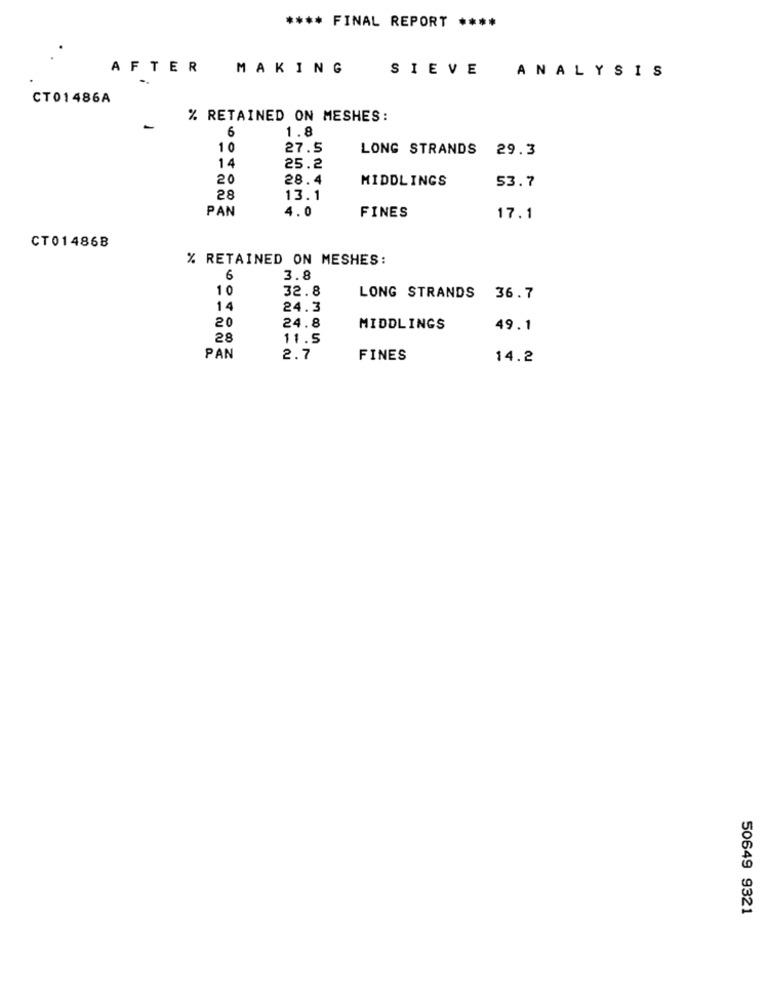
**** FINAL REPORT ****
AFTER
MAKING
SIEVE
ANALYSIS
CT01486A
% RETAINED ON MESHES:
-
6
1.8
10
27.5
LONG STRANDS 29.3
14
25.2
20
28.4
MIDDLINGS
53.7
28
13.1
PAN
4.0
FINES
17.1
CT01486B
% RETAINED ON MESHES:
6
3.8
10
32.8
LONG STRANDS 36.7
14
24.3
20
24.8
MIDDLINGS
49.1
28
11.5
PAN
2.7
FINES
14.2
50649 9321